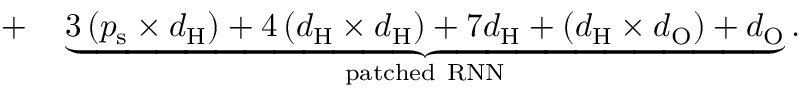
\begin{array} { r l } { + } & { { } \underbrace { 3 \left( p _ { \mathrm { s } } \times d _ { \mathrm { H } } \right) + 4 \left( d _ { \mathrm { H } } \times d _ { \mathrm { H } } \right) + 7 d _ { \mathrm { H } } + \left( d _ { \mathrm { H } } \times d _ { \mathrm { O } } \right) + d _ { \mathrm { O } } } _ { \mathrm { p a t c h e d } \ \mathrm { R N N } } . } \end{array}